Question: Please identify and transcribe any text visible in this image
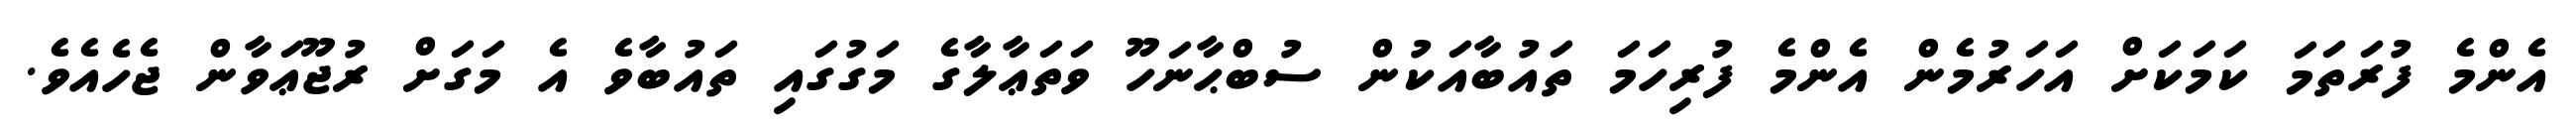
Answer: އެންމެ ފުރަތަމަ ކަމަކަށް އަހަރުމެން އެންމެ ފުރިހަމަ ތައުބާއަކުން ސުބްޙާނަހޫ ވަތަޢާލާގެ މަގުގައި ތައުބާވެ އެ މަގަށް ރުޖޫޢަވާން ޖެހެއެވެ.